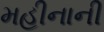
મહીનાની